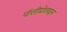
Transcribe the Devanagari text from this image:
पॉलीप्रोलाइन